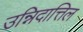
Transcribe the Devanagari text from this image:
उन्निदात्तिल